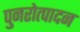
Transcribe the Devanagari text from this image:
पुनरोत्पादन